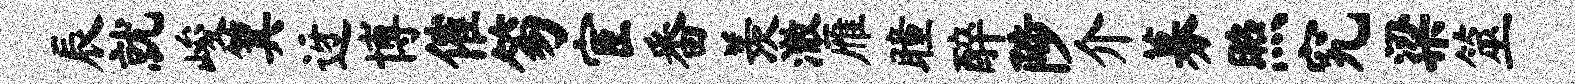
辰就峻箕迓博催笏宦番羡澈雁瞳醉陟介募照究梁筮